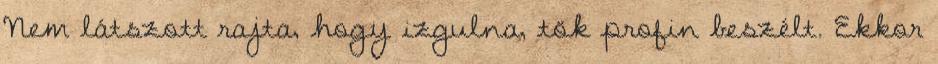
Nem látszott rajta, hogy izgulna, tök profin beszélt. Ekkor